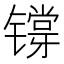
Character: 𬭷